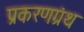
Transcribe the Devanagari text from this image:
प्रकरणग्रंथ